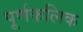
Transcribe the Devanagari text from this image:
पूर्णकलिक